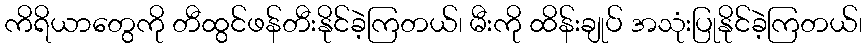
ကိရိယာတွေကို တီထွင်ဖန်တီးနိုင်ခဲ့ကြတယ်၊ မီးကို ထိန်းချုပ် အသုံးပြုနိုင်ခဲ့ကြတယ်၊